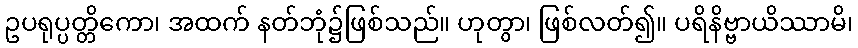
ဥပရုပ္ပတ္တိကော၊ အထက် နတ်ဘုံ၌ဖြစ်သည်။ ဟုတွာ၊ ဖြစ်လတ်၍။ ပရိနိဗ္ဗာယိဿာမိ၊